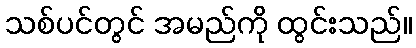
သစ်ပင်တွင် အမည်ကို ထွင်းသည်။